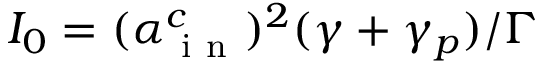
I _ { 0 } = ( \alpha _ { \mathrm { ~ i ~ n ~ } } ^ { c } ) ^ { 2 } ( \gamma + \gamma _ { p } ) / \Gamma